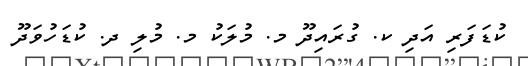
ކުޑަފަރި އަދި ކ. ގުރައިދޫ މ. މުލަކު މ. މުލި ދ. ކުޑަހުވަދޫ